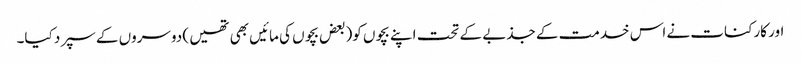
اور کارکنات نے اس خدمت کے جذبے کے تحت اپنے بچوں کو(بعض بچوں کی مائیں بھی تھیں ) دوسروں کے سپرد کیا۔